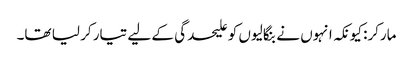
مارکر: کیونکہ انہوں نے بنگالیوں کو علیحدگی کے لیے تیار کر لیا تھا۔